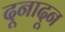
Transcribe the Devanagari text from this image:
दूनादून